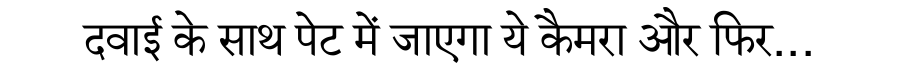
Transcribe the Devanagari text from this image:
दवाई के साथ पेट में जाएगा ये कैमरा और फिर...